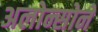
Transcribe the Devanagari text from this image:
अलोन्सोने